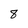
Character: 8